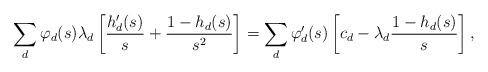
LaTeX: \begin{align*} \sum_d\varphi_d(s)\lambda_d\left[\frac{h'_d(s)}{s} + \frac{1-h_d(s)}{s^2}\right] = \sum_d\varphi'_d(s)\left[c_d - \lambda_d\frac{1-h_d(s)}{s}\right],\end{align*}